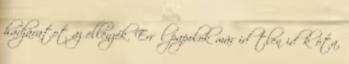
hadjáratot az ellenzék. Erről papolok már időtlen idők óta,